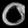
Digit: ၀